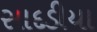
સાદડીયા